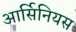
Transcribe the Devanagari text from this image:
आर्सिनियस